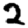
Digit: 2